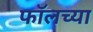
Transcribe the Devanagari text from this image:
फॉलच्या